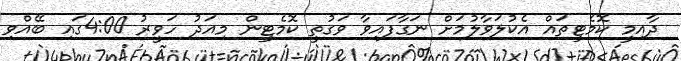
ދާއިމީ ކޮމެޓީތައް އެކުލަވާލުމަށް ނަގާފައިވާ ވަގުތީ ކޮމެޓީން މިއަދު ހަވީރު 4:00ގައި ބޭއްވި